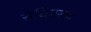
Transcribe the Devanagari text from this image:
संधिपरक